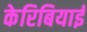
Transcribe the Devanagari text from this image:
केरिबियाई